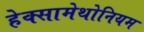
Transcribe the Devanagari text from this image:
हेक्सामेथोनियम